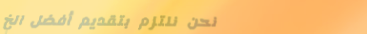
نحن نلتزم بتقديم أفضل الخ